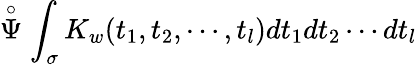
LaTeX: \stackrel{\circ}{\Psi}\int_{\sigma}K_{w}(t_{1},t_{2},\cdots,t_{l})dt_{1}dt_{2}\cdots dt_{l}